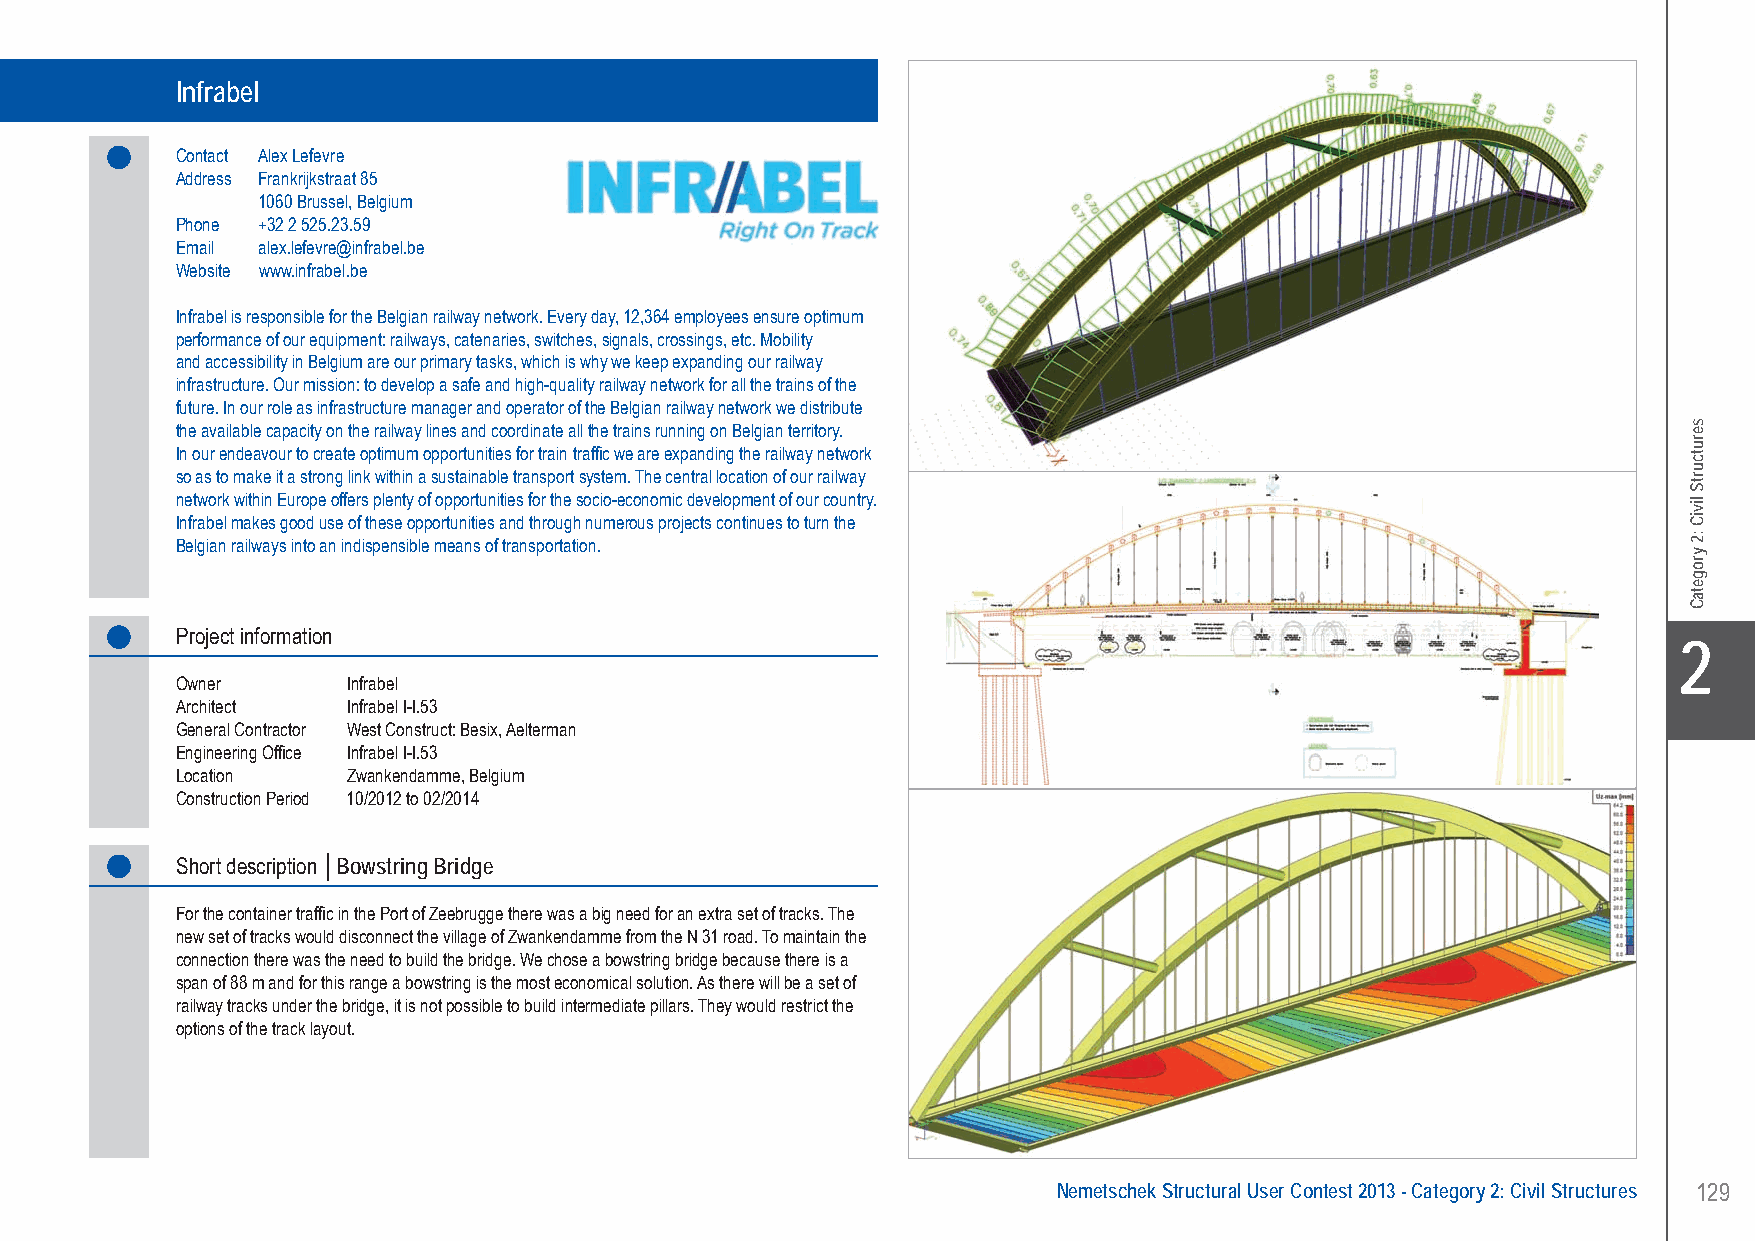
Infrabel....................Bowstring Bridge - Zwankendamme, Belgium
 Infrabel
 Contact Alex Lefevre
 Address Frankrijkstraat 85
 1060 Brussel, Belgium
 Phone +32 2 525.23.59
 Email alex.lefevre@infrabel.be
 Website www.infrabel.be
 Infrabel is responsible for the Belgian railway network. Every day, 12,364 employees ensure optimum
 performance of our equipment: railways, catenaries, switches, signals, crossings, etc. Mobility
 and accessibility in Belgium are our primary tasks, which is why we keep expanding our railway
 infrastructure. Our mission: to develop a safe and high-quality railway network for all the trains of the
 future. In our role as infrastructure manager and operator of the Belgian railway network we distribute
 the available capacity on the railway lines and coordinate all the trains running on Belgian territory.
 In our endeavour to create optimum opportunities for train traffic we are expanding the railway network
 so as to make it a strong link within a sustainable transport system. The central location of our railway
 network within Europe offers plenty of opportunities for the socio-economic development of our country.
 Infrabel makes good use of these opportunities and through numerous projects continues to turn the
 Belgian railways into an indispensible means of transportation.
 Project information
 X2
 Owner      Infrabel
 Architect  Infrabel I-I.53
 General Contractor West Construct: Besix, Aelterman
 Engineering Office Infrabel I-I.53
 Location   Zwankendamme, Belgium
 Construction Period 10/2012 to 02/2014
 Short description │Bowstring Bridge
 For the container traffic in the Port of Zeebrugge there was a big need for an extra set of tracks. The
 new set of tracks would disconnect the village of Zwankendamme from the N 31 road. To maintain the
 connection there was the need to build the bridge. We chose a bowstring bridge because there is a
 span of 88 m and for this range a bowstring is the most economical solution. As there will be a set of
 railway tracks under the bridge, it is not possible to build intermediate pillars. They would restrict the
 options of the track layout.
 Nemetschek Structural User Contest 2013 - Category 2: Civil Structures 129
 UC-2013-Book-V8.indd 129                                                                                  7/11/2013 12:24:31 PM
 serutcurtS
 liviC
 :2
 yrogetaC